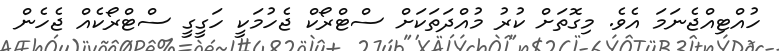
ހުއްޓިއްޖެނަމަ އެވެ. މިގޮތަށް ކުރު މުއްދަތަކަށް ސްޓްރޯކް ޖެހުމަކީ ހަގީގީ ސްޓްރޯކެއް ޖެހެން